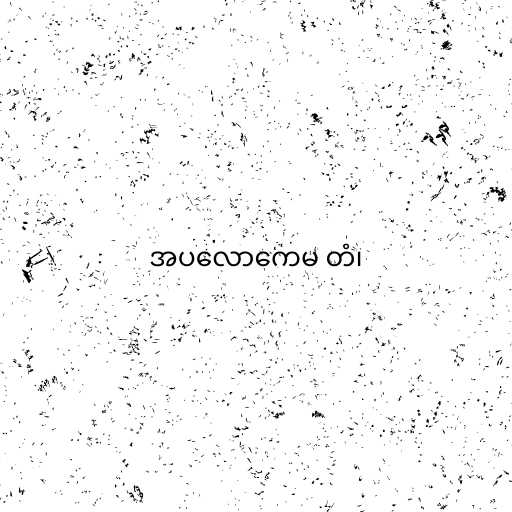
အပလောကေမ တံ၊